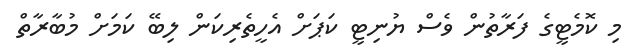
މި ކޮމެޓީގެ ފަރާތުން ވެސް ޔުނިޓީ ކަޕަށް އެހީތެރިކަން ލިބޭ ކަމަށް މުބާރާތް